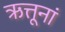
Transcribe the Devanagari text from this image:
ऋत्तूनां